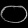
Digit: ၀